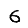
Digit: 6